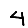
Digit: 4